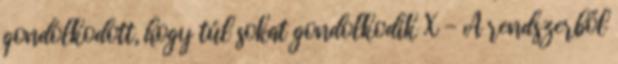
gondolkodott, hogy túl sokat gondolkodik X - A rendszerből